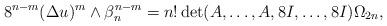
LaTeX: \begin{align*} 8^{n-m} (\Delta u)^m\wedge \beta_n ^{n-m} =n!\det (A,\dots,A,8I,\dots,8I )\Omega_{2n}, \end{align*}